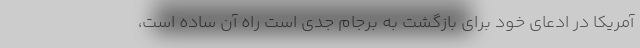
آمریکا در ادعای خود برای بازگشت به برجام جدی است راه آن ساده است،